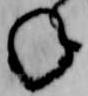
ね